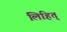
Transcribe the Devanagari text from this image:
लिहित्